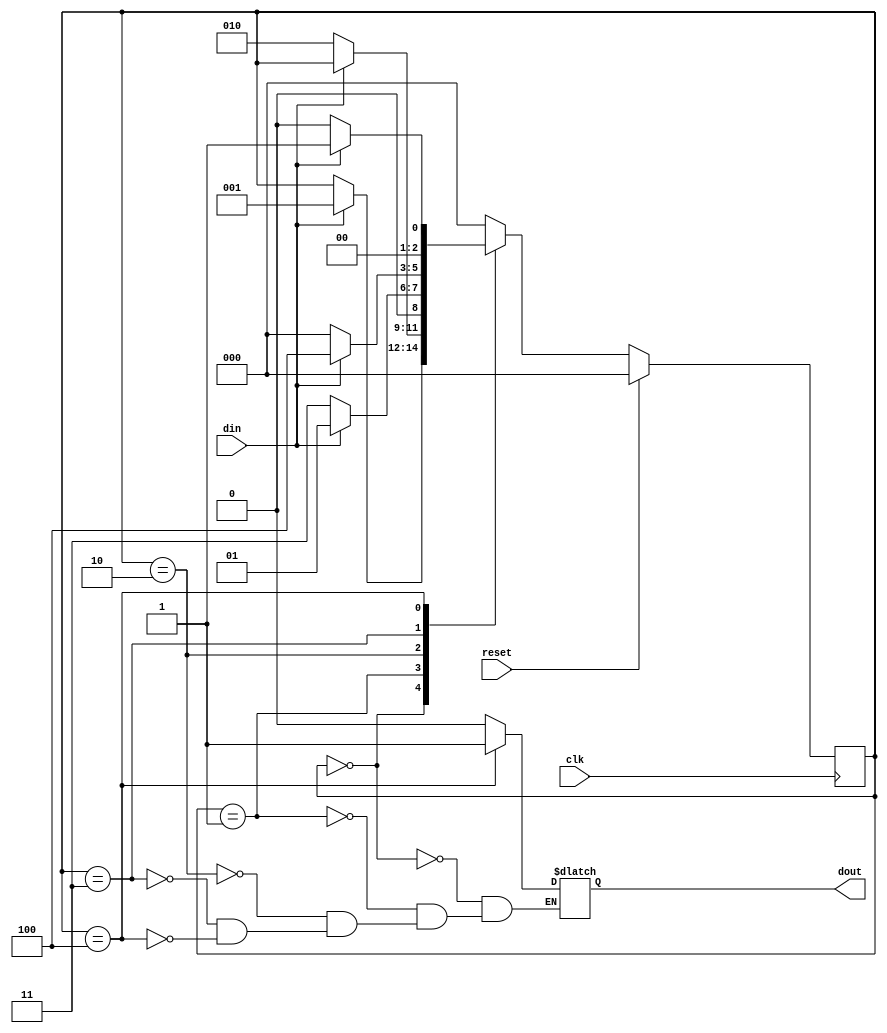
`timescale 1ns / 1ps

module MOORE_NONOVERLAPPING(
input din,clk,reset,
    output reg dout
    );

    reg [2:0] current_state,next_state;
	 
    parameter s0= 3'b000;
    parameter s1= 3'b001;
    parameter s2= 3'b010;
    parameter s3= 3'b011;
    parameter s4= 3'b100;

    always@(posedge clk)
    begin
      if(reset==1) 
        begin
            current_state <= s0;
        end
      else
        begin
            current_state <= next_state;
        end
      end
    
    always@(din or current_state)
    begin
        case(current_state)
        s0: if(din==1) begin
            next_state = s1;
            dout = 1'b0; end
            else begin
            next_state = current_state;
            dout = 1'b0; end
            
        s1: if(din==0) begin
            next_state = s2;
            dout = 1'b0; end
            else begin
            next_state = current_state;
            dout = 1'b0; end	 
             
        s2: if(din==0) begin
            next_state = s3;
            dout = 1'b0; end
            else begin
            next_state = s1;
            dout = 1'b0; end
        
        s3: if(din==1) begin
            next_state = s4;
            dout = 1'b0; end
            else begin
            next_state = s0;
            dout = 1'b0; end
             
        s4: if(din==1) begin
            next_state = s1;
            dout = 1'b1; end
            else begin
            next_state = s0;
            dout = 1'b1; end	 
             
        default: next_state = s0;
        endcase
    end

endmodule